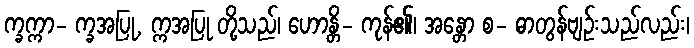
က္ခက္ကာ- က္ခအပြု, က္ကအပြု တို့သည်၊ ဟောန္တိ- ကုန်၏၊ အန္တော စ- ဓာတွန်ဗျဉ်းသည်လည်း၊